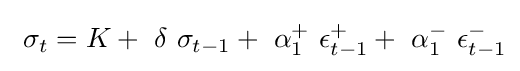
~\sigma _{t}=K+~\delta ~\sigma _{t-1}+~\alpha _{1}^{+}~\epsilon _{t-1}^{+}+~\alpha _{1}^{-}~\epsilon _{t-1}^{-}